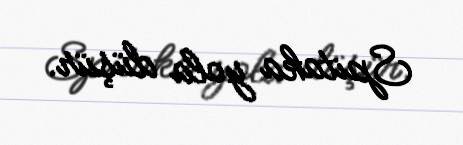
Spitaka yola düşür.